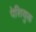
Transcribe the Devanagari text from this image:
पेशियुक्त